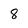
Character: 8